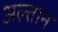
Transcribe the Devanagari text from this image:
अल्तान